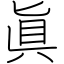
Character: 眞